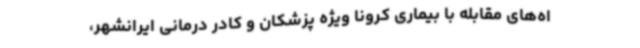
اه‌های مقابله با بیماری کرونا ویژه پزشکان و کادر درمانی ایرانشهر،